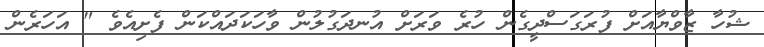
ޝުހާ ޒާވްޔާއަށް ފުރަގަސްދީގެން ހުރެ ވަރަށް އުނދަގުލުން ވާހަކަދައްކަން ފެށިއެވެ " އަހަރެން